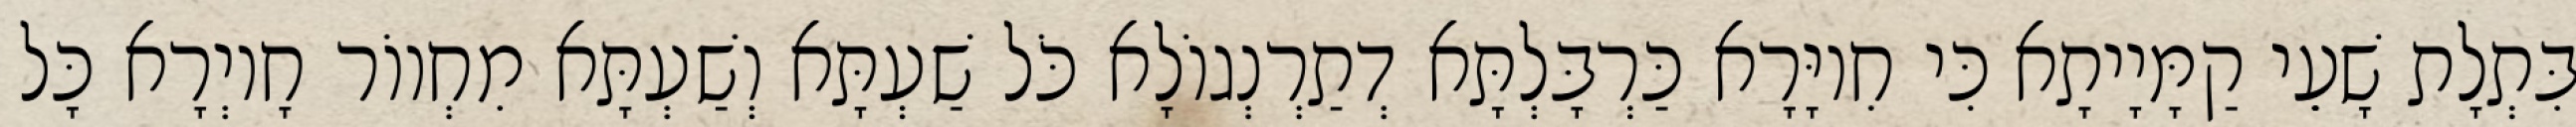
בִּתְלָת שָׁעֵי קַמָּיָיתָא כִּי חִיוָּרָא כַּרְבָּלְתָּא דְתַרְנְגוֹלָא כֹּל שַׁעְתָּא וְשַׁעְתָּא מִחְווֹר חָיוְרָא כָּל